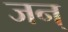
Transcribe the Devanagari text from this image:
जन्‌